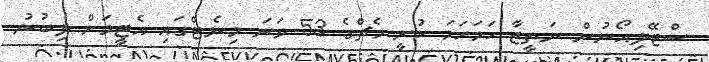
ސްޓޭލިއޯނުން ނަތީޖާ ހަމަހަމަ ކުރީ މެޗްގެ 53 ވަނަ މިނެޓްގައި އެޓީމަށް ލިބުނު